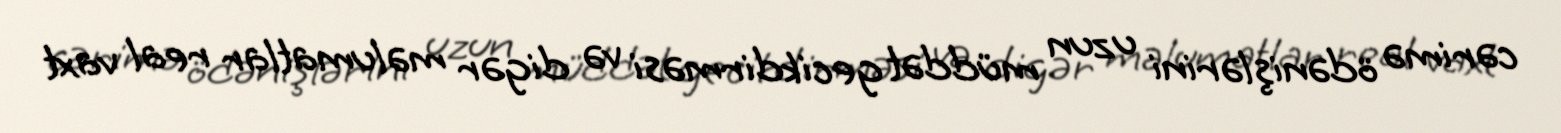
cərimə ödənişlərini uzun müddət gecikdirməsi və digər məlumatlar real vaxt